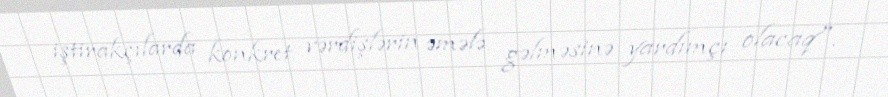
iştirakçılarda konkret vərdişlərin əmələ gəlməsinə yardımçı olacaq".